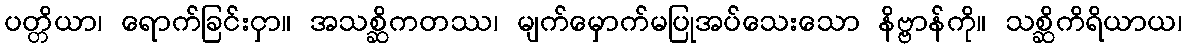
ပတ္တိယာ၊ ရောက်ခြင်းငှာ။ အသစ္ဆိကတဿ၊ မျက်မှောက်မပြုအပ်သေးသော နိဗ္ဗာန်ကို။ သစ္ဆိကိရိယာယ၊